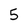
Character: 5